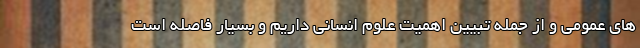
های عمومی و از جمله تبیین اهمیت علوم انسانی داریم و بسیار فاصله است